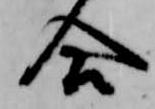
合